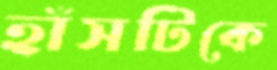
হাঁসটিকে